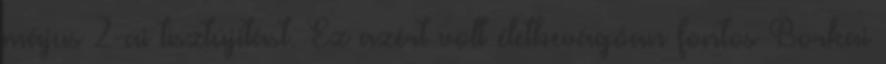
május 2-ai tisztújítást. Ez azért volt életbevágóan fontos Borkai